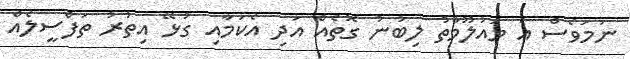
ނަމަވެސް އެ މައުލޫމާތު ލިބުނު ގޮތެއް އަދި އެކަމާއި ގުޅޭ އިތުރު ތަފްސީލެއް